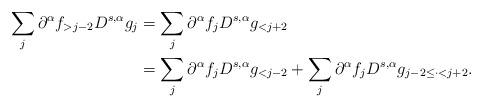
LaTeX: \begin{align*}\sum_j \partial^{\alpha} f_{>j-2} D^{s,\alpha} g_j& = \sum_j \partial^{\alpha} f_j D^{s,\alpha} g_{<j+2} \\& =\sum_j \partial^{\alpha} f_j D^{s,\alpha} g_{<j-2} + \sum_{j} \partial^{\alpha} f_jD^{s,\alpha} g_{j-2\le \cdot <j+2}.\end{align*}